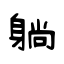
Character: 躺